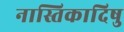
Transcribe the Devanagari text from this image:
नास्तिकादिषु